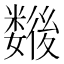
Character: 𢖖